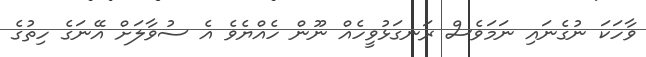
ވާހަކަ ނުގެނައި ނަމަވެސް ރަނގަޅުވީހެއް ނޫން ހެއްޔެވެ އެ ސުވާލަށް އޭނަގެ ހިތުގެ